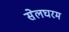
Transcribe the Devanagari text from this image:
सेलघरम